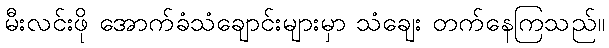
မီးလင်းဖို အောက်ခံသံချောင်းများမှာ သံချေး တက်နေကြသည်။